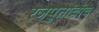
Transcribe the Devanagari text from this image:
रजपुतांचीच